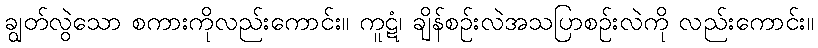
ချွတ်လွဲသော စကားကိုလည်းကောင်း။ ကူဋံ၊ ချိန်စဉ်းလဲအသပြာစဉ်းလဲကို လည်းကောင်း။